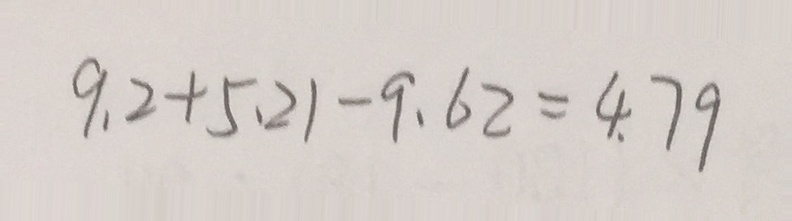
9 . 2 + 5 . 2 1 - 9 . 6 2 = 4 . 7 9